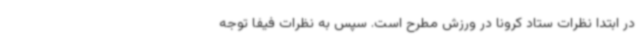
در ابتدا نظرات ستاد کرونا در ورزش مطرح است. سپس به نظرات فیفا توجه